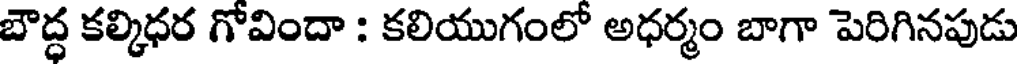
బౌద్ధ కల్కిధర గోవిందా : కలియుగంలో అధర్మం బాగా పెరిగినపుడు